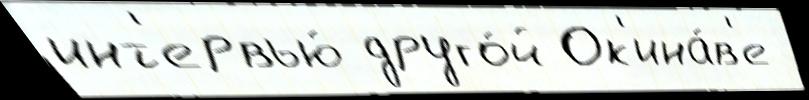
инт'ервью́ друго́й Ок'ина́в'е